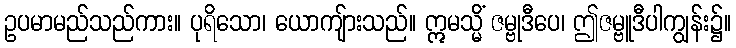
ဥပမာမည်သည်ကား။ ပုရိသော၊ ယောကျ်ားသည်။ ဣမသ္မိံ ဇမ္ဗုဒီပေ၊ ဤဇမ္ဗူဒီပါကျွန်း၌။